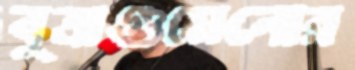
বুত্রাগুয়েনোর